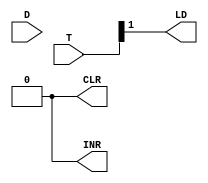
module IR_Control(D, T, CLR, INR, LD);

    input [7:0] D, T;
    output INR, CLR, LD;
    
    assign INR = 0;
    assign CLR = 0;
    assign LD = T[1];
endmodule